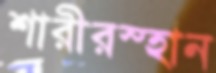
শারীরস্হান